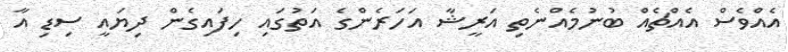
އެއްވެސް އެއްޗެއް ބުނުމެއްނެތި އަރީޝާ އަހަރެންގެ އަތުގައި ހިފައިގެން ދިޔައީ ސިޑި އާ